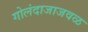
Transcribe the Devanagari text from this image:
गोलंदाजाजवळ